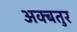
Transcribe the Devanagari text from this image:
अक्बतुर